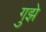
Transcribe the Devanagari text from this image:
गुझे